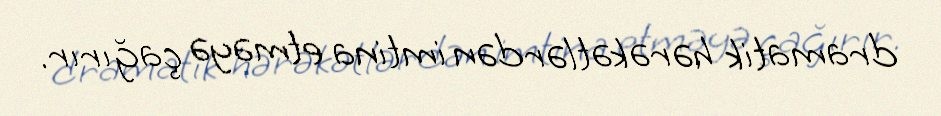
dramatik hərəkətlərdən imtina etməyə çağırır.